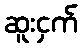
ဆူးငှက်